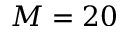
M = 2 0